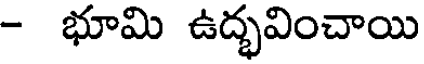
- భూమి ఉద్భవించాయి